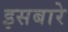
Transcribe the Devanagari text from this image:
इसबारे